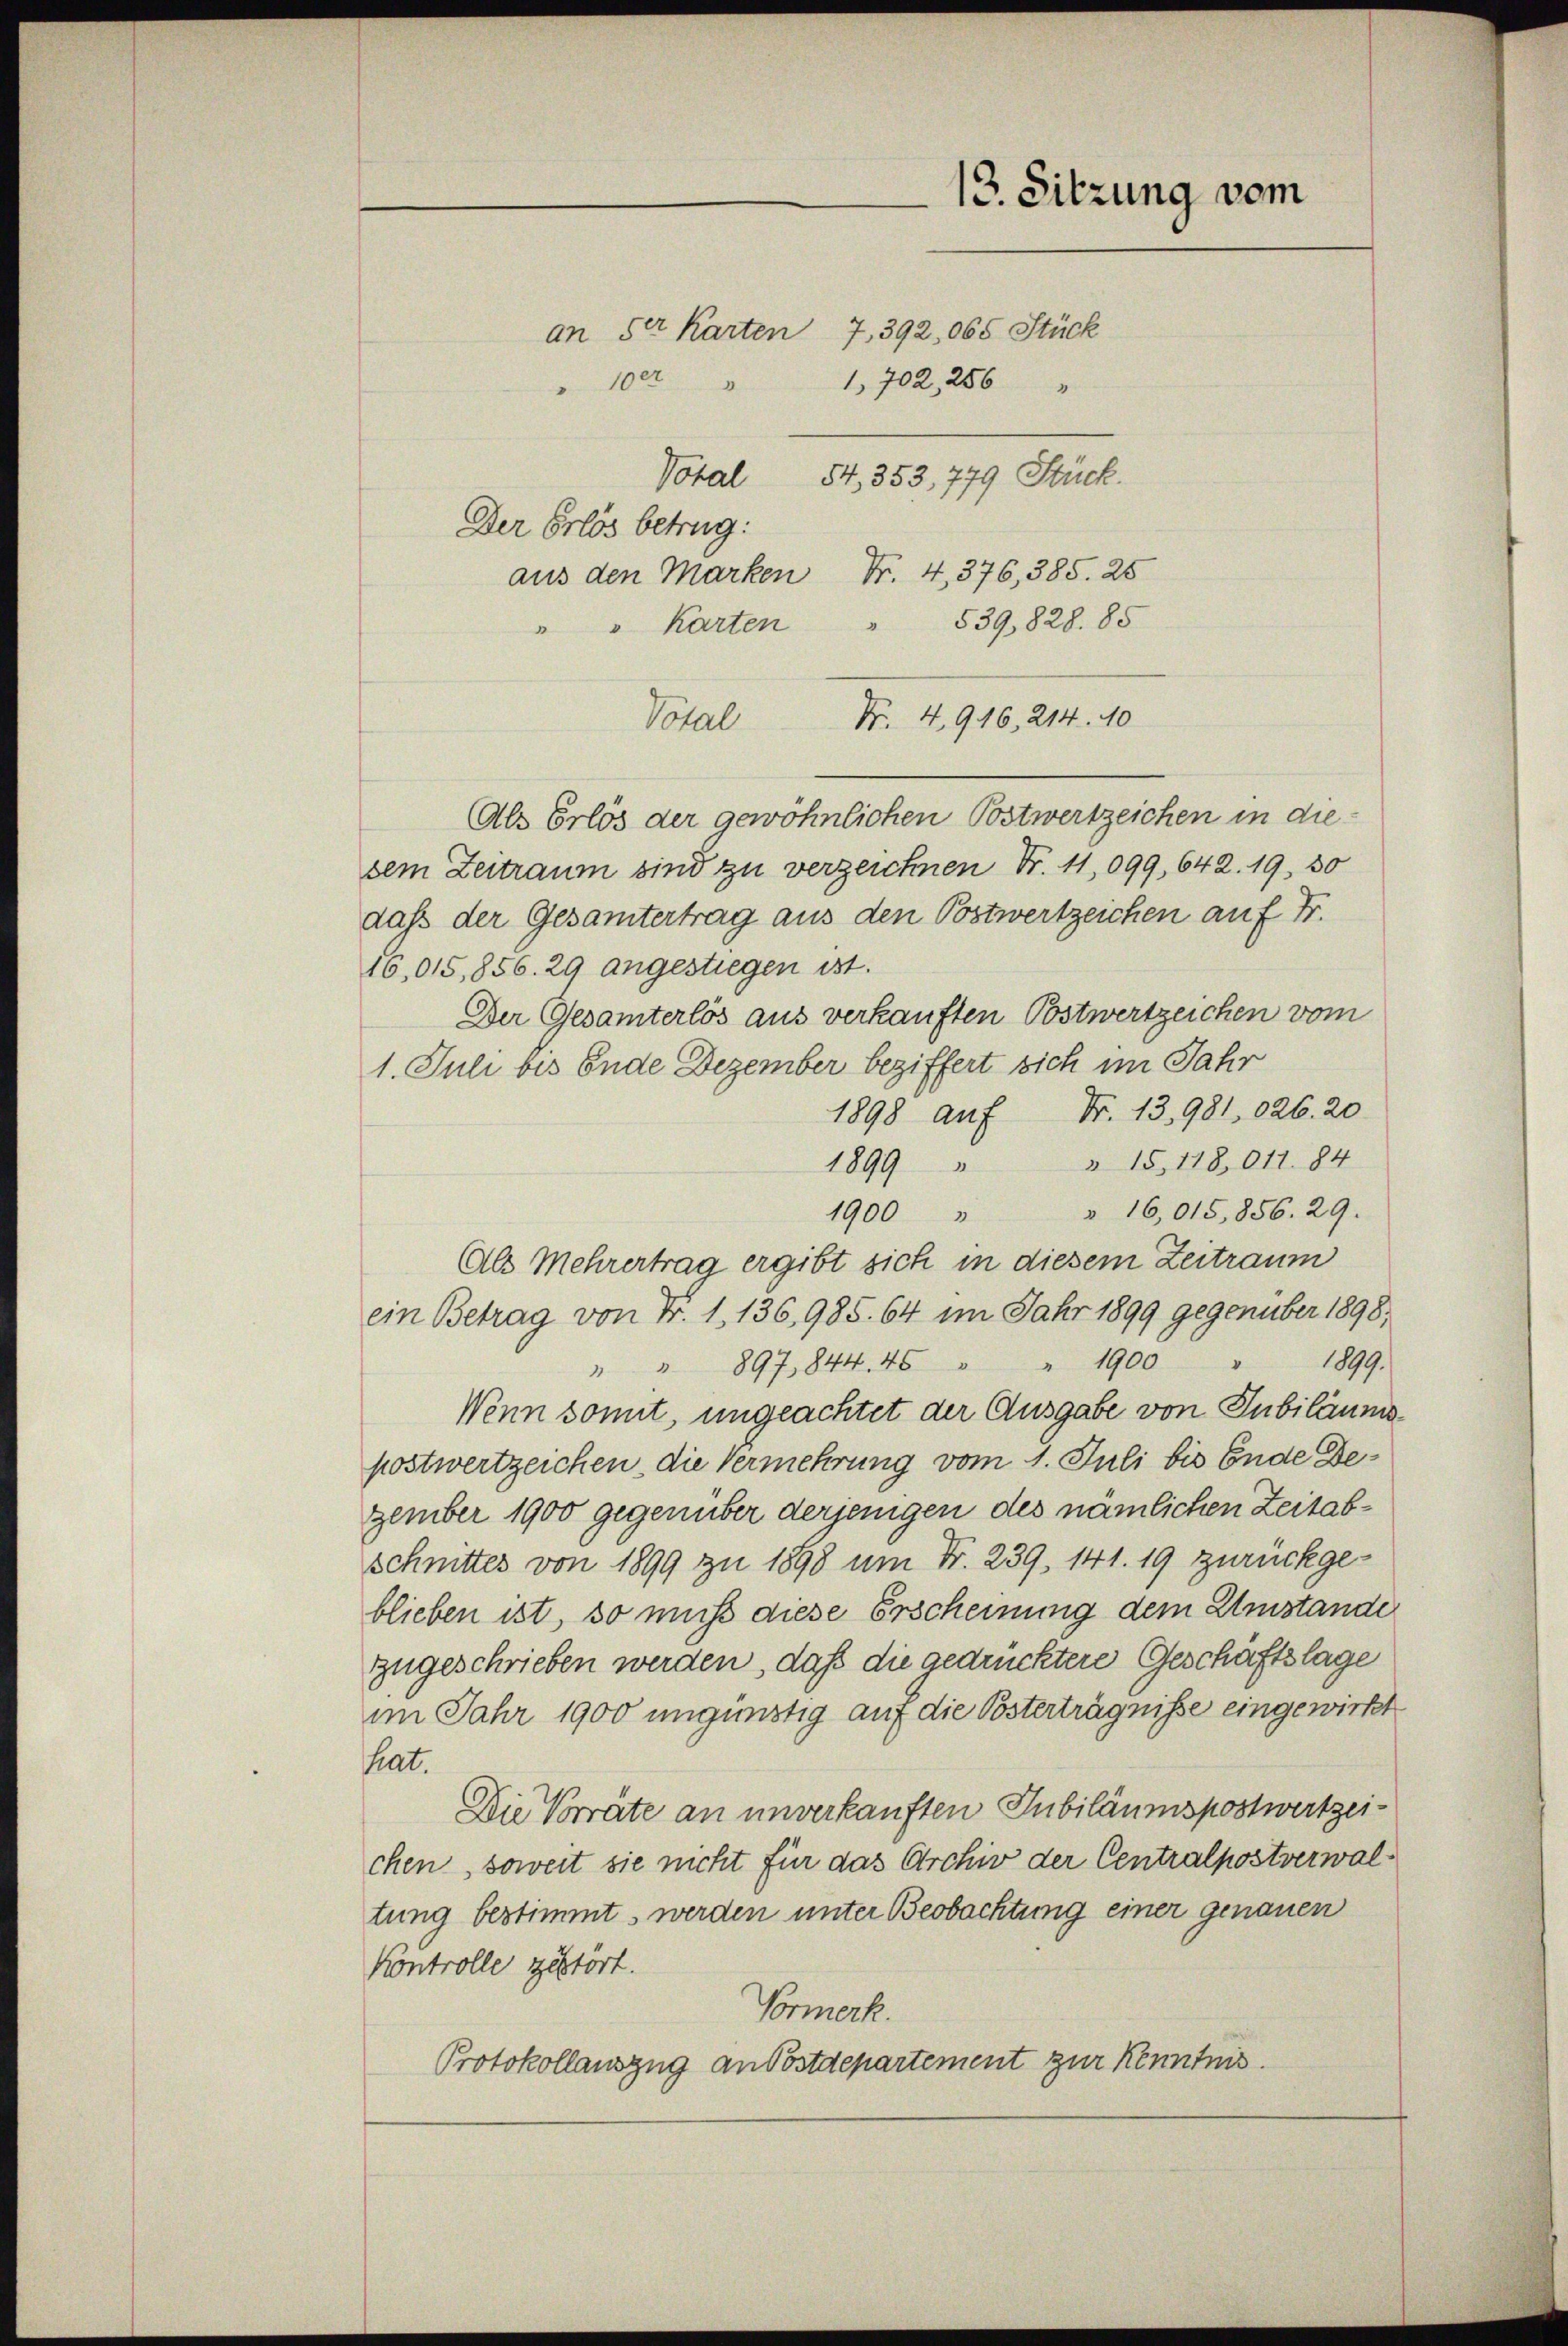
Der Erlös betrug.
aus den Marken Nr. 4, 376, 385. 25
" Karten " 539,828. 85
Nr. 4916, 214. 40
Total
Als Erlös der gewöhnlichen Postwertzeichen in diesem Zeitraum sind zu verzeichnen Fr. 11,099,642. 19, 30
dass der Gesamtertrag aus den Postwertzeichen auf Fr.
16,015,856. 29 angestiegen ist.
Der Gesamterlös aus verkauften Postwertzeichen vom
1. Juli bis Ende Dezember beziffert sich im Jahr
1898 auf Fr. 13,981, 126. 20
1899 " " 15, 118 011. 84
1900 " " 16,015,856. 29.
Als Mehrertrag ergibt sich in diesem Zeitraum
ein Betrag von Nr. 1. 136, 985. 64 im Jahr 1899 gegenüber 1898,
1899.
" " 897, 844. 45 " " 1900
Wenn somit, ungeachtet der Ausgabe von Jubiläumspostwertzeichen, die Vermehrung vom 1. Juli bis Ende Dezember 1900 gegenüber derjenigen des nämlichen Zeitab¬
Schnittes von 1899 zu 1898 um Fr. 239, 141. 19 zurückgeblieben ist, so muss diese Erscheinung dem Umstände
zugeschrieben werden, daß die gedrücktere Geschäftslage
im Jahr 1900 ungünstig auf die Pösterträgnisse eingewirkt
hat.
Die Vorräte an unverkauften Jubiläumspostwertzeichen, soweit sie nicht für das Archiv der Centralpostverwaltung bestimmt, werden unter Beobachtung einer genauen
Kontrolle gestort.
Vormerk.
Protokollauszug an Postdepartement zur Kenntnis

10er
I

an der Karten 7, 392,065 Stück
1,702, 286
Votal 54, 353, 779 Stück.

13. Sitzung vom